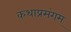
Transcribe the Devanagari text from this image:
कथाप्रसंगम्